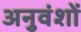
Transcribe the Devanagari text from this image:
अनुवंशों